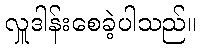
လှူဒါန်းစေခဲ့ပါသည်။